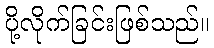
ပို့လိုက်ခြင်းဖြစ်သည်။